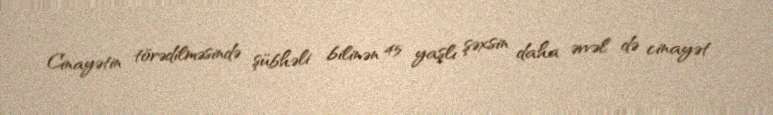
Cinayətin törədilməsində şübhəli bilinən 45 yaşlı şəxsin daha əvvəl də cinayət